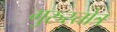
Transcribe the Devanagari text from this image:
गुरुस्तोत्र